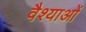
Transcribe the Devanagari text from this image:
वैश्याओं